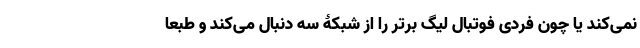
نمی‌کند یا چون فردی فوتبال لیگ برتر را از شبکۀ سه دنبال می‌کند و طبعا